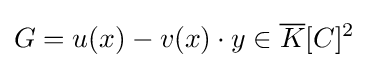
G=u(x)-v(x)\cdot y\in {\overline {K}}[C]^{2}